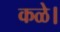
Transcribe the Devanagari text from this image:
कळे।